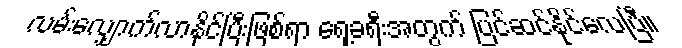
လမ်းလျှောက်လာနိုင်ပြီးဖြစ်ရာ ရှေ့ခရီးအတွက် ပြင်ဆင်နိုင်လေပြီ။